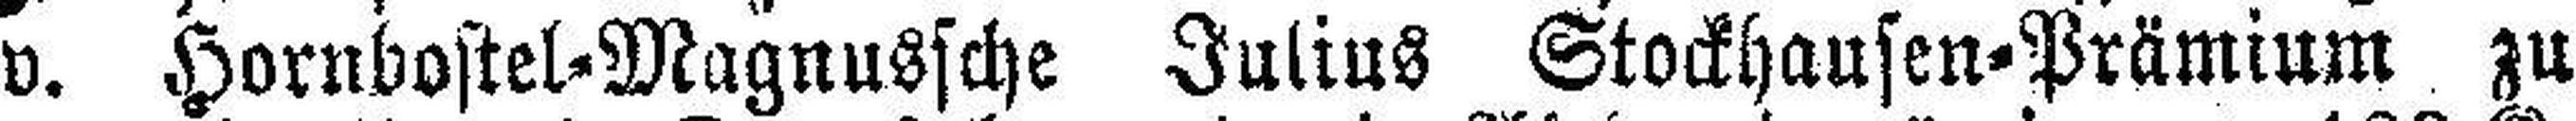
v. Hornbostel=Magnussche Julius Stockhausen-Prämium zu